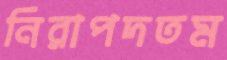
নিরাপদতম